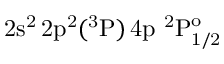
\mathrm { 2 s ^ { 2 } \, 2 p ^ { 2 } ( ^ { 3 } P ) \, 4 p ~ ^ { 2 } P _ { 1 / 2 } ^ { o } }